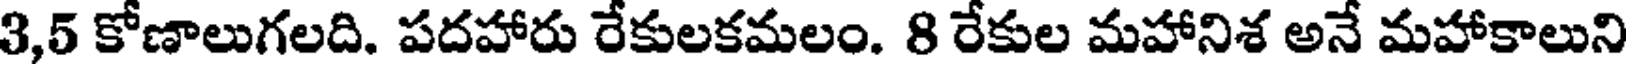
3,5 కోణాలుగలది. పదహారు రేకులకమలం. 8 రేకుల మహానిశ అనే మహాకాలుని